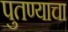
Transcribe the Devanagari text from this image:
पुतण्याचा